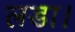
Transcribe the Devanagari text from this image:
लडा।